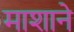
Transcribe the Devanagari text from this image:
माशाने